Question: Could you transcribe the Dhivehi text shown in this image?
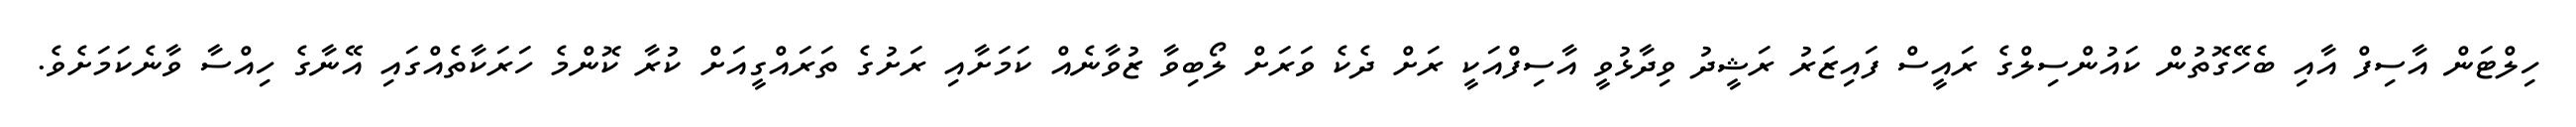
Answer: ހިލްޓަން އާސިފް އާއި ބެހޭގޮތުން ކައުންސިލްގެ ރައީސް ފައިޒަރު ރަޝީދު ވިދާޅުވީ އާސިފްއަކީ ރަށް ދެކެ ވަރަށް ލޯބިވާ ޒުވާނެއް ކަމަށާއި ރަށުގެ ތަރައްގީއަށް ކުރާ ކޮންމެ ހަރަކާތެއްގައި އޭނާގެ ހިއްސާ ވާނެކަމަށެވެ.